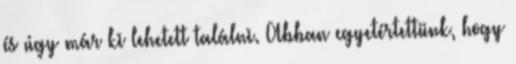
és úgy már ki lehetett találni. Abban egyetértettünk, hogy